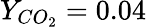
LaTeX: Y_{CO_{2}}=0.04